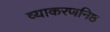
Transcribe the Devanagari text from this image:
व्याकरणनिष्ठ